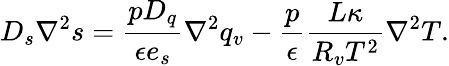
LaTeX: D_{s}\nabla^{2}s=\frac{pD_{q}}{\epsilon e_{s}}\nabla^{2}q_{v}-\frac{p}{\epsilon}\frac{L\kappa}{R_{v}T^{2}}\nabla^{2}T.